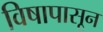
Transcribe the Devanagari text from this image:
विषापासून